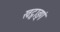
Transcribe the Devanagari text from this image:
खट्वाङ्गं